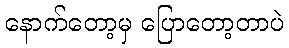
နောက်တော့မှ ပြောတော့တာပဲ